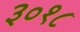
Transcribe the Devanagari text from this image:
३०१८